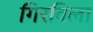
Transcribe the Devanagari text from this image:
गिरविला